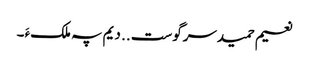
نعیم حمیدسرگوست .. دیم پہ ملکءَ ۔